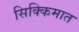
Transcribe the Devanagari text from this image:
सिक्किमात